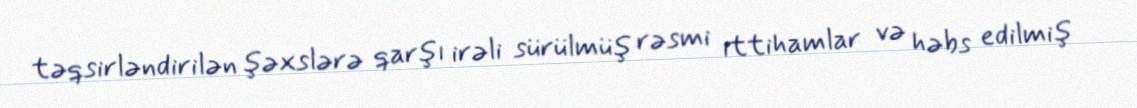
təqsirləndirilən şəxslərə qarşı irəli sürülmüş rəsmi ittihamlar və həbs edilmiş